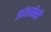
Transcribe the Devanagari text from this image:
फ्रांससीसी